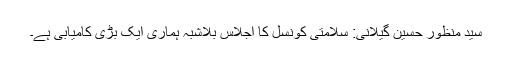
سید منظور حسین گیلانی: سلامتی کونسل کا اجلاس بلاشبہ ہماری ایک بڑی کامیابی ہے۔